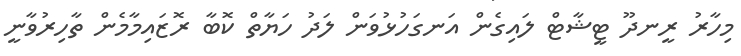
މިހާރު ރީނދޫ ޓީޝާޓް ލައިގެން އަނގަހުޅުވަން ލަދު ހަޔާތް ކޮބާ ރޮޒައިމާމެން ތާހިރުވާނީ